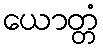
ယောတ္တံ